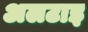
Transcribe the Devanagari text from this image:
अलटाइ